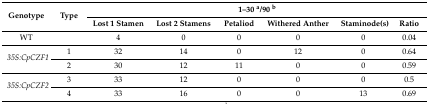
| <ROWSPAN=2> Genotype | <ROWSPAN=2> Type | <COLSPAN=6> 1–30 a/90 b |
 | Lost 1 Stamen | Lost 2 Stamens | Petaliod | Withered Anther | Staminode(s) | Ratio |
 | --- | --- | --- | --- | --- | --- | --- | --- |
 | WT |  | 4 | 0 | 0 | 0 | 0 | 0.04 |
 | <ROWSPAN=2> 35S:CpCZF1 | 1 | 32 | 14 | 0 | 12 | 0 | 0.64 |
 | 2 | 30 | 12 | 11 | 0 | 0 | 0.59 |
 | <ROWSPAN=2> 35S:CpCZF2 | 3 | 33 | 12 | 0 | 0 | 0 | 0.5 |
 | 4 | 33 | 16 | 0 | 0 | 13 | 0.69 |